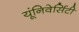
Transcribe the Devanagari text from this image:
यूंनिवेर्सिटी